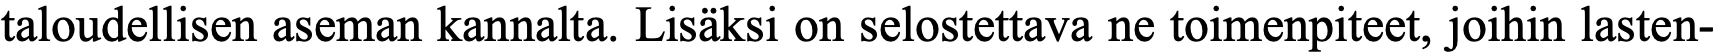
taloudellisen aseman kannalta. Lisäksi on selostettava ne toimenpiteet, joihin lasten-